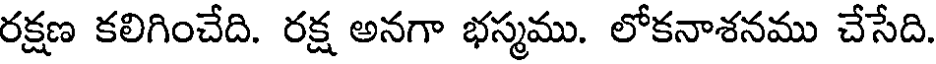
రక్షణ కలిగించేది. రక్ష అనగా భస్మము. లోకనాశనము చేసేది.